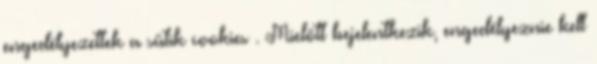
engedélyezettek a sütik cookies . Mielőtt bejelentkezik, engedélyeznie kell